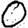
Digit: 0